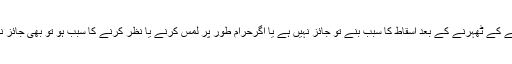
اگر نطفے کے ٹھہرنے کے بعد اسقاط کا سبب بنے تو جائز نہيں ہے يا اگرحرام طور پر لمس کرنے يا نظر کرنے کا سبب ہو تو بھى جائز نہيں ہے۔